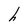
Character: h